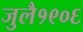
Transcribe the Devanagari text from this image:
जुलै१९०६